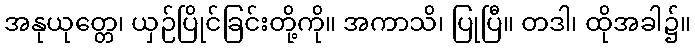
အနုယုတ္တေ၊ ယှဉ်ပြိုင်ခြင်းတို့ကို။ အကာသိ၊ ပြုပြီ။ တဒါ၊ ထိုအခါ၌။